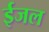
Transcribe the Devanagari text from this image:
ईजल